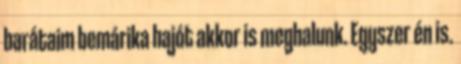
barátaim bemárika hajót akkor is meghalunk. Egyszer én is.